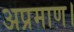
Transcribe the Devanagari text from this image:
अप्रमाण।